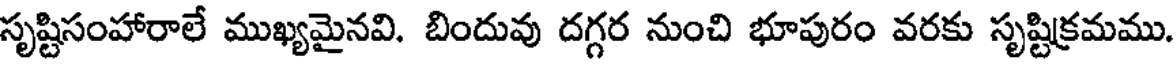
సృష్టిసంహారాలే ముఖ్యమైనవి. బిందువు దగ్గర నుంచి భూపురం వరకు సృష్టిక్రమము.